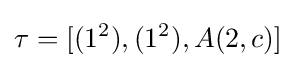
\tau =[(1^{2}),(1^{2}),A(2,c)]